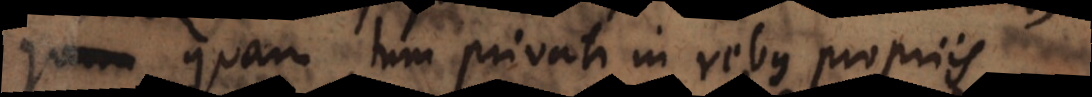
quam tum privati in rebus propriis